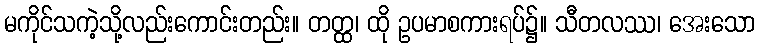
မကိုင်သကဲ့သို့လည်းကောင်းတည်း။ တတ္ထ၊ ထို ဥပမာစကားရပ်၌။ သီတလဿ၊ အေးသော